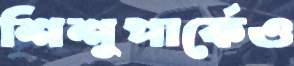
শিশুপার্কেও